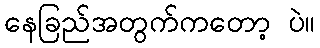
နေခြည်အတွက်ကတော့ ပဲ။